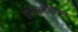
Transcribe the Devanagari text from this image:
इथिओपियन